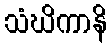
သံဃိကာနိ